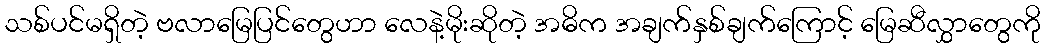
သစ်ပင်မရှိတဲ့ ဗလာမြေပြင်တွေဟာ လေနဲ့မိုးဆိုတဲ့ အဓိက အချက်နှစ်ချက်ကြောင့် မြေဆီလွှာတွေကို